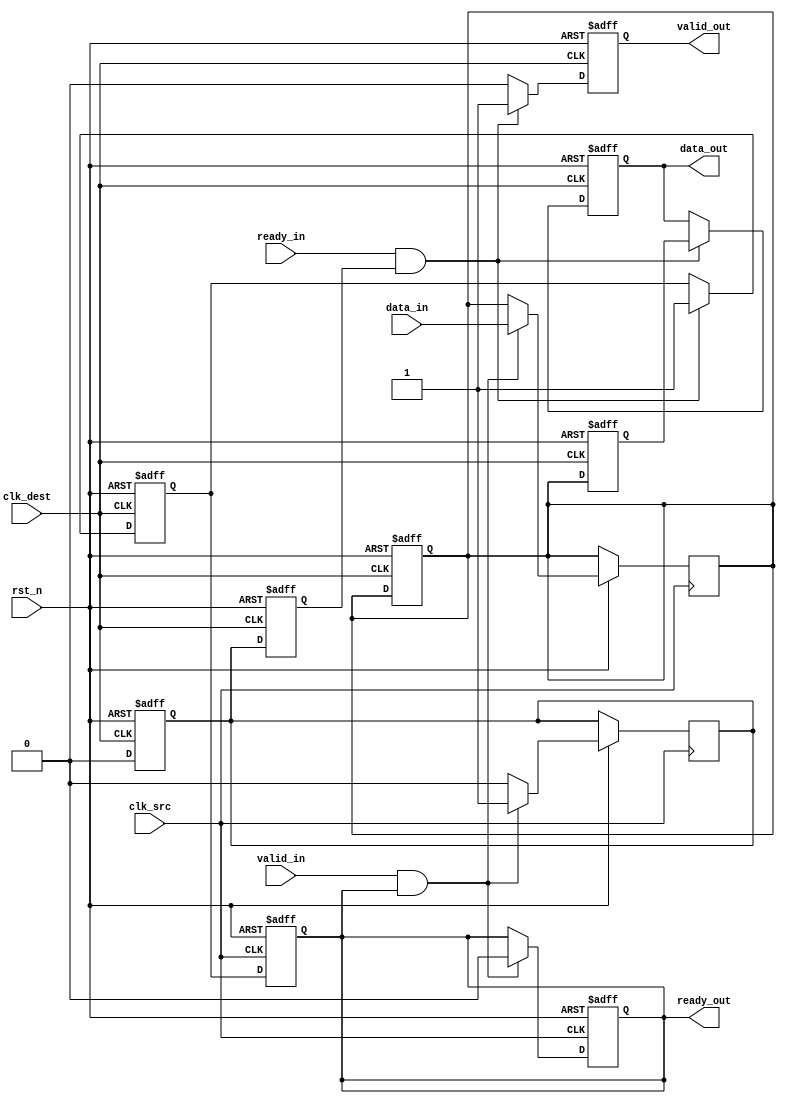
module MemoryBlocksPipelineSynchronizer #(
    parameter DATA_WIDTH = 8,       // Width of the data
    parameter NUM_STAGES = 2        // Number of pipeline stages
)(
    input wire clk_src,             // Source clock
    input wire clk_dest,            // Destination clock
    input wire rst_n,               // Active-low reset
    input wire [DATA_WIDTH-1:0] data_in, // Data input from the source clock domain
    input wire valid_in,            // Valid signal from the source clock domain
    output reg [DATA_WIDTH-1:0] data_out, // Synchronized data output
    output reg valid_out,           // Synchronized valid signal output
    input wire ready_in,            // Ready signal from the destination clock domain
    output reg ready_out            // Ready signal output to source clock domain
);

    // Pipeline registers for data and valid signals
    reg [DATA_WIDTH-1:0] data_pipeline [0:NUM_STAGES-1]; // Data pipeline registers
    reg valid_pipeline [0:NUM_STAGES-1];                 // Valid pipeline registers
    reg [1:0] sync_ready; // State for ready signal synchronization
    reg ready_flag; // Flag to indicate when ready signal is valid

    // Asynchronous reset and data transfer logic in source clock domain
    always @(posedge clk_src or negedge rst_n) begin
        if (!rst_n) begin
            ready_out <= 1'b0; // Reset the ready signal
        end else begin
            // Handshake control
            if (valid_in && ready_out) begin
                data_pipeline[0] <= data_in;           // Capture incoming data
                valid_pipeline[0] <= 1'b1;              // Mark data as valid
                ready_out <= 1'b0;                       // Assert ready
            end else begin
                valid_pipeline[0] <= 1'b0;               // Clear valid if not ready
            end
        end
    end

    // Pipeline stages for data and valid signals
    generate
        genvar i;
        for (i = 0; i < NUM_STAGES; i = i + 1) begin : pipeline
            always @(posedge clk_dest or negedge rst_n) begin
                if (!rst_n) begin
                    data_pipeline[i] <= {DATA_WIDTH{1'b0}}; // Reset data
                    valid_pipeline[i] <= 1'b0;              // Reset valid
                end else if (i==0) begin
                    // First stage synchronized to destination clock
                    if (valid_pipeline[i-1]) begin
                        data_pipeline[i] <= data_pipeline[i-1];
                        valid_pipeline[i] <= 1'b1;
                    end else begin
                        valid_pipeline[i] <= 1'b0; // Clear valid in next stage
                    end
                end else begin
                    // Subsequent stages
                    data_pipeline[i] <= data_pipeline[i-1];
                    valid_pipeline[i] <= valid_pipeline[i-1];    
                end
            end
        end
    endgenerate

    // Output synchronization logic
    always @(posedge clk_dest or negedge rst_n) begin
        if (!rst_n) begin
            data_out <= {DATA_WIDTH{1'b0}}; // Reset output data
            valid_out <= 1'b0;              // Reset output valid
            ready_flag <= 1'b0;             // Reset ready flag
        end else begin
            // If ready is asserted, pass the last stage data to output
            if (ready_in && valid_pipeline[NUM_STAGES-1]) begin
                data_out <= data_pipeline[NUM_STAGES-1];
                valid_out <= 1'b1;            // Assert valid output
                ready_flag <= 1'b1;           // Indicate readiness
            end else begin
                valid_out <= 1'b0;            // Clear valid if not ready
            end
        end
    end

    // Ready signal generation
    always @(posedge clk_src or negedge rst_n) begin
        if (!rst_n) begin
            ready_out <= 1'b0; // Reset ready signal
        end else begin
            ready_out <= ready_flag; // Pass ready flag from destination domain
        end
    end

endmodule